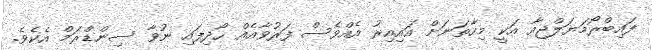
ފައިބްރޯމަޔަލްޖިއާ އަކީ މިހާތަނަށް އައިއިރު އެއްވެސް ފަރުވާއެއް ހޯދިފައި ނުވާ ސިންޑްރަމް އެކެވެ.